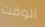
الوقت